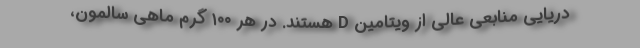
دریایی منابعی عالی از ویتامین D هستند. در هر ۱۰۰ گرم ماهی سالمون،